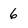
Character: 6